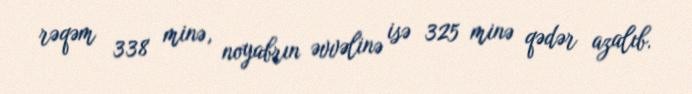
rəqəm 338 minə, noyabrın əvvəlinə isə 325 minə qədər azalıb.